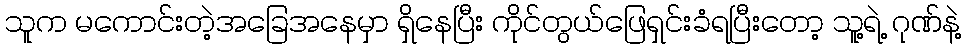
သူက မကောင်းတဲ့အခြေအနေမှာ ရှိနေပြီး ကိုင်တွယ်ဖြေရှင်းခံရပြီးတော့ သူ့ရဲ့ ဂုဏ်နဲ့